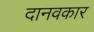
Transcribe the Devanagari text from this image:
दानवकार